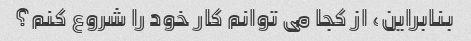
بنابراین، از کجا می توانم کار خود را شروع کنم؟